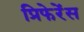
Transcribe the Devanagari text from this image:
प्रिफेरेंस